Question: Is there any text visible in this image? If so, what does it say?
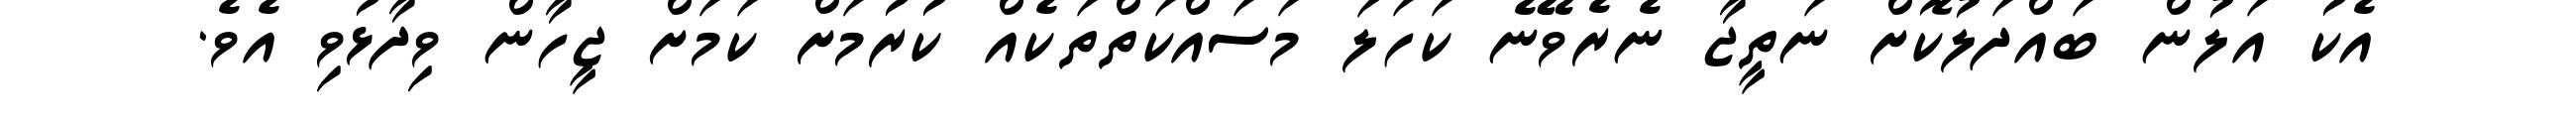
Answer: އެކު އަލުން ބައްދަލުކޮށް ނަތީޖާ ނެރެވޭނެ ކަހަލަ މަސައްކަތްތަކެއް ކުރުމަށް ކަމަށް ޖީހާން ވިދާޅުވި އެވެ.